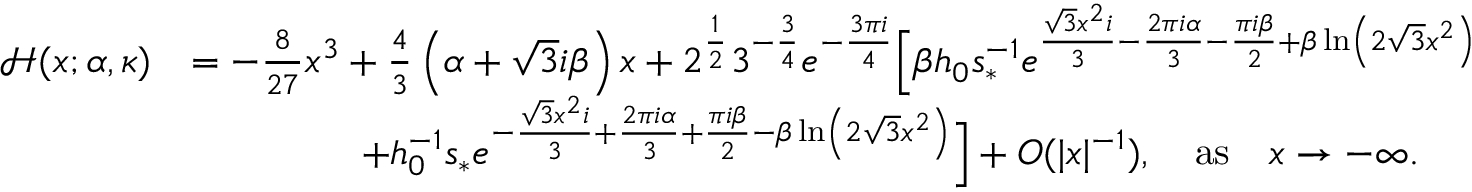
\begin{array} { r l } { \mathcal { H } ( x ; \alpha , \kappa ) } & { = - \frac { 8 } { 2 7 } x ^ { 3 } + \frac { 4 } { 3 } \left( \alpha + \sqrt { 3 } i { \beta } \right) x + 2 ^ { \frac { 1 } { 2 } } 3 ^ { - \frac { 3 } { 4 } } e ^ { - \frac { 3 \pi i } { 4 } } \Big [ { \beta } h _ { 0 } s _ { * } ^ { - 1 } e ^ { \frac { \sqrt { 3 } x ^ { 2 } i } { 3 } - \frac { 2 \pi i \alpha } { 3 } - \frac { \pi i { \beta } } { 2 } + { \beta } \ln \left( 2 \sqrt { 3 } x ^ { 2 } \right) } } \\ & { \qquad \qquad \ + h _ { 0 } ^ { - 1 } s _ { * } e ^ { - \frac { \sqrt { 3 } x ^ { 2 } i } { 3 } + \frac { 2 \pi i \alpha } { 3 } + \frac { \pi i { \beta } } { 2 } - { \beta } \ln \left( 2 \sqrt { 3 } x ^ { 2 } \right) } \Big ] + O ( | x | ^ { - 1 } ) , \quad \mathrm { a s } \quad x \rightarrow - \infty . } \end{array}